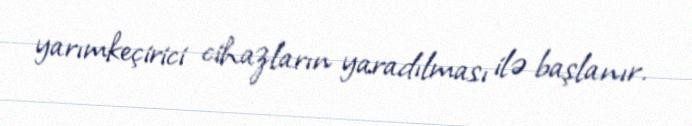
yarımkeçirici cihazların yaradılması ilə başlanır.